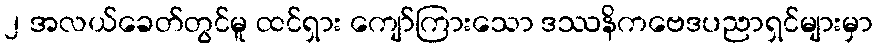
၂ အလယ်ခေတ်တွင်မူ ထင်ရှား ကျော်ကြားသော ဒဿနိကဗေဒပညာရှင်များမှာ